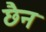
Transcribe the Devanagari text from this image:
छैन